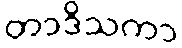
တာဒိသကာ